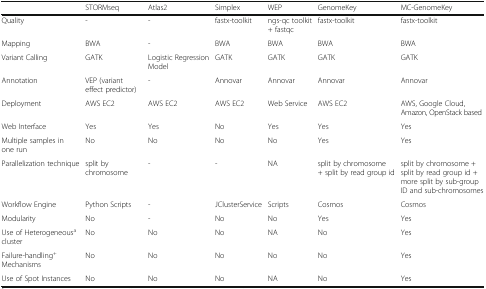
<table><thead><tr><td></td><td><b>STORMseq</b></td><td><b>Atlas2</b></td><td><b>Simplex</b></td><td><b>WEP</b></td><td><b>GenomeKey</b></td><td><b>MC-GenomeKey</b></td></tr></thead><tbody><tr><td>Quality</td><td>-</td><td>-</td><td>fastx-toolkit</td><td>ngs-qc toolkit + fastqc</td><td>fastx-toolkit</td><td>fastx-toolkit</td></tr><tr><td>Mapping</td><td>BWA</td><td>-</td><td>BWA</td><td>BWA</td><td>BWA</td><td>BWA</td></tr><tr><td>Variant Calling</td><td>GATK</td><td>Logistic Regression Model</td><td>GATK</td><td>GATK</td><td>GATK</td><td>GATK</td></tr><tr><td>Annotation</td><td>VEP (variant effect predictor)</td><td>-</td><td>Annovar</td><td>Annovar</td><td>Annovar</td><td>Annovar</td></tr><tr><td>Deployment</td><td>AWS EC2</td><td>AWS EC2</td><td>AWS EC2</td><td>Web Service</td><td>AWS EC2</td><td>AWS, Google Cloud, Amazon, OpenStack based</td></tr><tr><td>Web Interface</td><td>Yes</td><td>Yes</td><td>No</td><td>Yes</td><td>Yes</td><td>Yes</td></tr><tr><td>Multiple samples in one run</td><td>No</td><td>No</td><td>No</td><td>No</td><td>Yes</td><td>Yes</td></tr><tr><td>Parallelization technique</td><td>split by chromosome</td><td>-</td><td>-</td><td>NA</td><td>split by chromosome + split by read group id</td><td>split by chromosome + split by read group id + more split by sub-group ID and sub-chromosomes</td></tr><tr><td>Workflow Engine</td><td>Python Scripts</td><td>-</td><td>JClusterService</td><td>Scripts</td><td>Cosmos</td><td>Cosmos</td></tr><tr><td>Modularity</td><td>No</td><td>-</td><td>No</td><td>No</td><td>Yes</td><td>Yes</td></tr><tr><td>Use of Heterogeneous<sup>a</sup> cluster</td><td>No</td><td>No</td><td>No</td><td>NA</td><td>No</td><td>Yes</td></tr><tr><td>Failure-handling<sup>+</sup> Mechanisms</td><td>No</td><td>No</td><td>No</td><td>No</td><td>No</td><td>Yes</td></tr><tr><td>Use of Spot Instances</td><td>No</td><td>No</td><td>No</td><td>NA</td><td>No</td><td>Yes</td></tr></tbody></table>